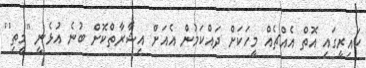
ކައިރީގައި އޮތް އެއްޗެއް މީހަކަށް ދައްކަމުން އެއަށް އިޝާރާތްކޮށް ބުނެ އުޅެނީ ''މީތި''